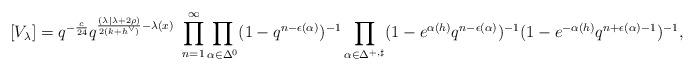
LaTeX: \begin{align*}[V_\lambda] = q^{-\frac{c}{24}} q^{\frac{(\lambda| \lambda + 2\rho) }{2(k+h^\vee)} -\lambda(x)}\ \prod_{n=1}^\infty \prod_{\alpha \in \Delta_{}^{0}} (1-q^{n-\epsilon(\alpha)})^{-1} \prod_{\alpha \in \Delta_{}^{+, \sharp}}(1-e^{\alpha(h)}q^{n-\epsilon(\alpha)})^{-1} (1-e^{-\alpha(h)}q^{n+\epsilon(\alpha)-1})^{-1},\end{align*}